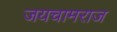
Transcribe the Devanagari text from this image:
जयचामराज